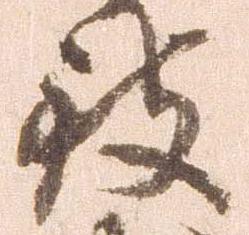
致